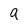
Character: a